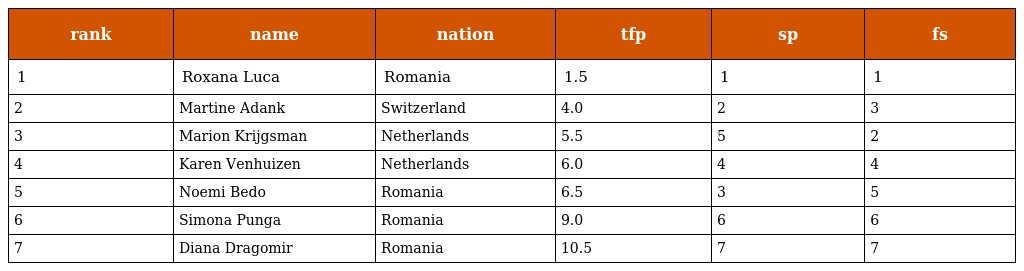
| rank | name | nation | tfp | sp | fs |
 | --- | --- | --- | --- | --- | --- |
 | 1 | Roxana Luca | Romania | 1.5 | 1 | 1 |
 | 2 | Martine Adank | Switzerland | 4.0 | 2 | 3 |
 | 3 | Marion Krijgsman | Netherlands | 5.5 | 5 | 2 |
 | 4 | Karen Venhuizen | Netherlands | 6.0 | 4 | 4 |
 | 5 | Noemi Bedo | Romania | 6.5 | 3 | 5 |
 | 6 | Simona Punga | Romania | 9.0 | 6 | 6 |
 | 7 | Diana Dragomir | Romania | 10.5 | 7 | 7 |